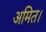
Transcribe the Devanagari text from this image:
अमित।